Scottish Leaving Certificate Examination, 1956
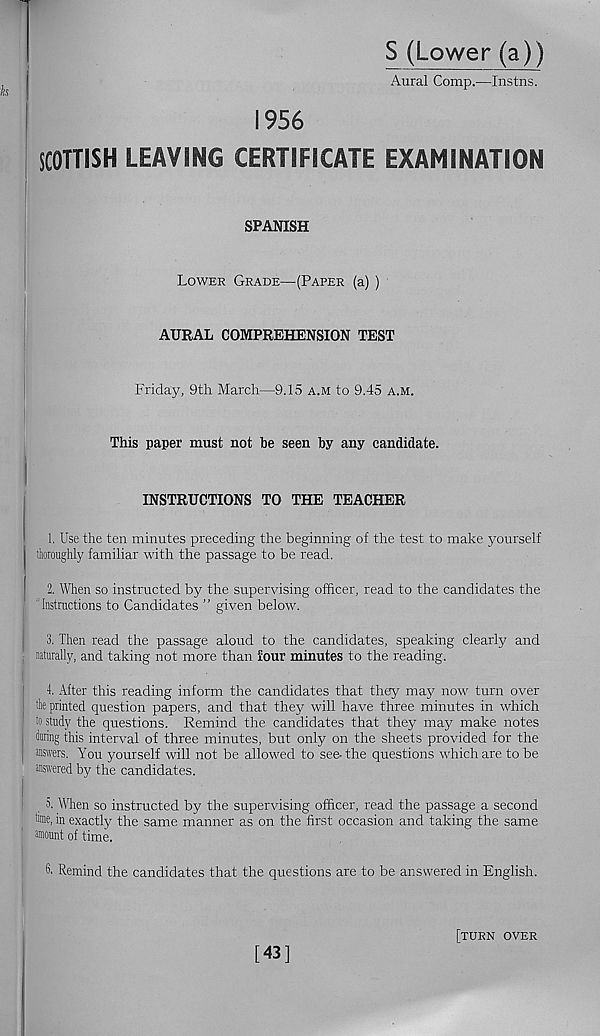
(Lower (a))
Aural Comp.—Instns.
1956
SCOTTISH LEAVING CERTIFICATE EXAMINATION
SPANISH
Lower Grade—(Paper (a) )
AURAL COMPREHENSION TEST
Friday, 9th March—9.15 a.m to 9.45 a.m.
This paper must not be seen by any candidate.
INSTRUCTIONS TO THE TEACHER
1. Use the ten minutes preceding the beginning of the test to make yourself
thoroughly familiar with the passage to be read.
2. When so instructed by the supervising officer, read to the candidates the
'Instructions to Candidates ” given below.
3. Then read the passage aloud to the candidates, speaking clearly and
naturally, and taking not more than four minutes to the reading.
4. After this reading inform the candidates that they may now turn over
the printed question papers, and that they will have three minutes in which
to study the questions. Remind the candidates that they may make notes
•hiring this interval of three minutes, but only on the sheets provided for the
answers. You yourself will not be allowed to see-the questions which are to be
answered by the candidates.
5. When so instructed by the supervising officer, read the passage a second
hme, in exactly the same manner as on the first occasion and taking the same
amount of time.
6- Remind the candidates that the questions are to be answered in English.
[43]
[turn over